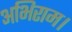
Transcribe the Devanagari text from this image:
अभिराम।